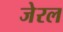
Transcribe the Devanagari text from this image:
जेरल